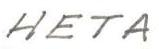
HETA